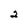
Character: 2